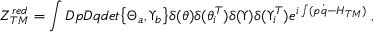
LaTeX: Z _ { T M } ^ { r e d } = \int { \cal D } p { \cal D } q d e t { \bigl \{ \Theta _ { a } , \Upsilon _ { b } \bigr \} } \delta ( \theta ) \delta ( { \theta } _ { i } ^ { T } ) \delta ( \Upsilon ) \delta ( { \Upsilon } _ { i } ^ { T } ) e ^ { i \int ( p \dot { q } - { \cal H } _ { T M } ) } \; ,